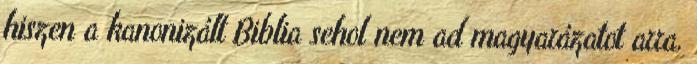
hiszen a kanonizált Biblia sehol nem ad magyarázatot arra,